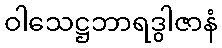
ဝါသေဋ္ဌဘာရဒွါဇာနံ